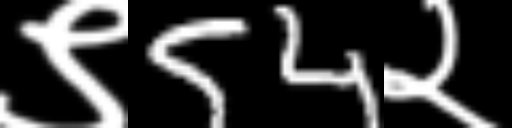
Text: ९54२